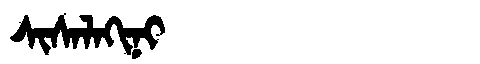
Manchu: ᠰᡳᠰᠠᠯᠠᡴᡳᠨᡳ
Romanization: SISALAKINI